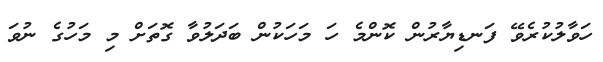
ހަވާލުކުރެވޭ ފަނޑިޔާރުން ކޮންމެ ހަ މަހަކުން ބަދަލުވާ ގޮތަށް މި މަހުގެ ނުވަ